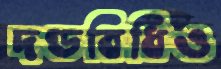
দণ্ডবিধিও